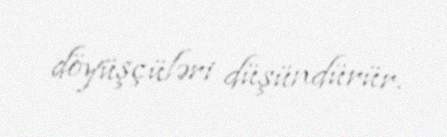
döyüşçüləri düşündürür.